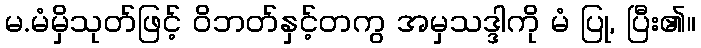
မ.မံမှိသုတ်ဖြင့် ဝိဘတ်နှင့်တကွ အမှသဒ္ဒါကို မံ ပြု, ပြီး၏။